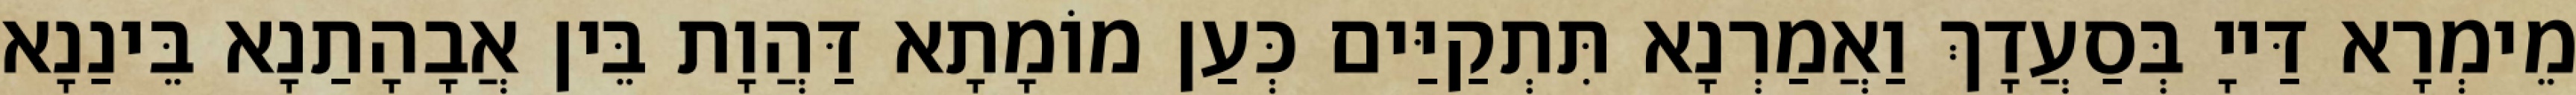
מֵימְרָא דַּייָ בְּסַעֲדָךְ וַאֲמַרְנָא תִּתְקַיַּים כְּעַן מוֹמָתָא דַּהֲוָת בֵּין אֲבָהָתַנָא בֵּינַנָא